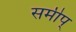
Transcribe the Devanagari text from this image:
समीप्